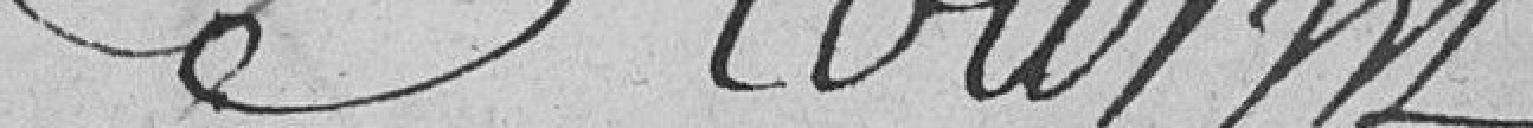
Stourm